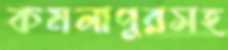
কমলাপুরসহ